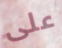
على